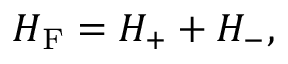
{ \cal H } _ { \mathrm { F } } = { \cal H } _ { + } + { \cal H } _ { - } ,